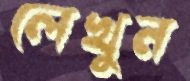
লেখুন